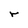
Character: r